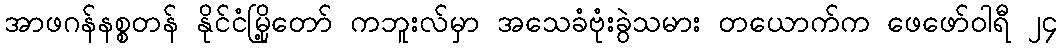
အာဖဂန်နစ္စတန် နိုင်ငံမြို့တော် ကဘူးလ်မှာ အသေခံဗုံးခွဲသမား တယောက်က ဖေဖော်ဝါရီ ၂၄